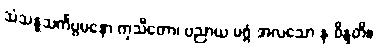
သံသန္နသင်္ကပ္ပမနော ကုသီတော၊ ပညာယ မဂ္ဂံ အလသော န ဝိန္ဒတိ။